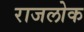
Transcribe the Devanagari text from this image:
राजलोक